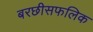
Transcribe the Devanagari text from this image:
बरछीसफलिक